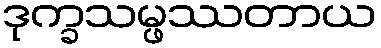
ဒုက္ခသမ္ဖဿတာယ